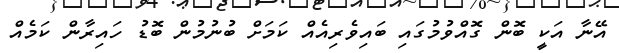
އޭނާ އަކީ ބޮން ގޮއްވުމުގައި ބައިވެރިއެއް ކަމަށް ބުނުމުން ބޮޑު ހައިރާން ކަމެއް